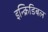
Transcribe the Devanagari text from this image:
इन्क्रिडिबल